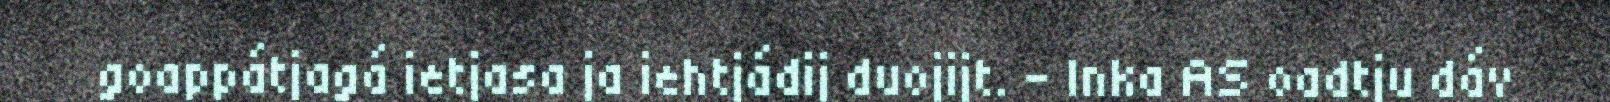
goappátjagá ietjasa ja iehtjádij duojijt. - Inka AS oadtju dáv